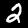
Digit: 2